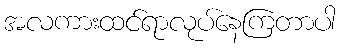
အလကားထင်ရာလုပ်နေကြတာပါ